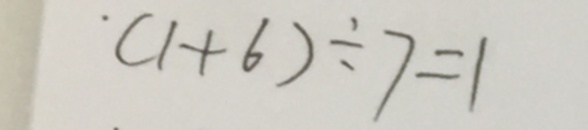
( 1 + 6 ) \div 7 = 1